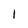
Character: I